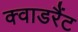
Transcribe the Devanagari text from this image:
क्वाडरैंट